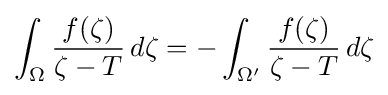
\int _{\Omega }{\frac {f(\zeta )}{\zeta -T}}\,d\zeta =-\int _{\Omega '}{\frac {f(\zeta )}{\zeta -T}}\,d\zeta